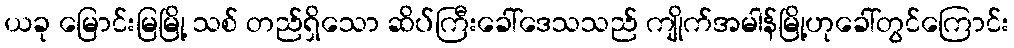
ယခု မြောင်းမြမြို့ သစ် တည်ရှိသော ဆိပ်ကြီးခေါ်ဒေသသည် ကျိုက်အမါန်မြို့ဟုခေါ်တွင်ကြောင်း